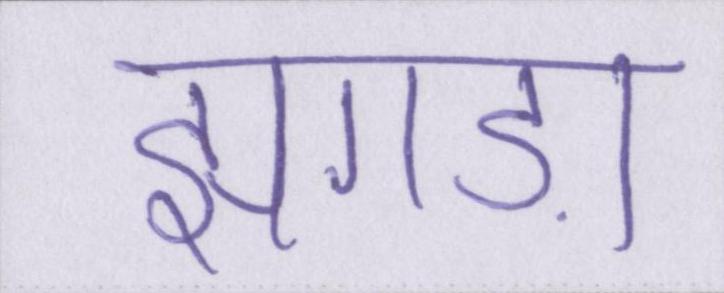
झगड़ा